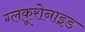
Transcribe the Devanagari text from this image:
ग्लकूरोनाइड